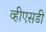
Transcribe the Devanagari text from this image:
व्हीएसडी